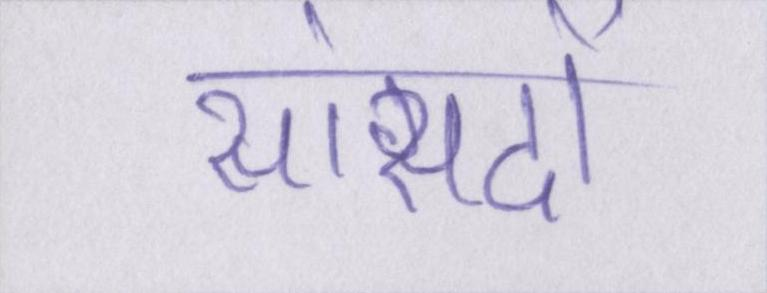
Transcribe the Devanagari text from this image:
सांसदों